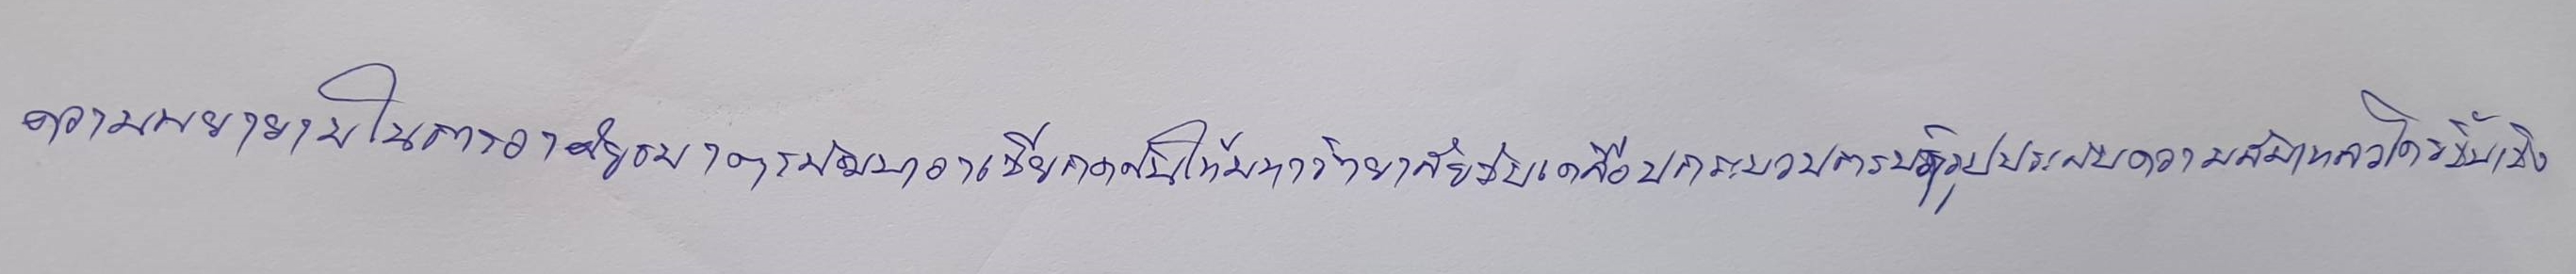
ความพยายามในการอาศัยธนาคารพัฒนาอาเซียกดดันให้มหาวิทยาลัยขับเคลื่อนกระบวนการปฏิรูปประสบความล้มเหลวโดยสิ้นเชิง